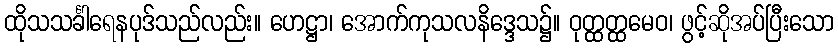
ထိုသသင်္ခါရေနပုဒ်သည်လည်း။ ဟေဋ္ဌာ၊ အောက်ကုသလနိဒ္ဒေသ၌။ ဝုတ္ထတ္ထမေဝ၊ ဖွင့်ဆိုအပ်ပြီးသော